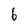
Character: 6